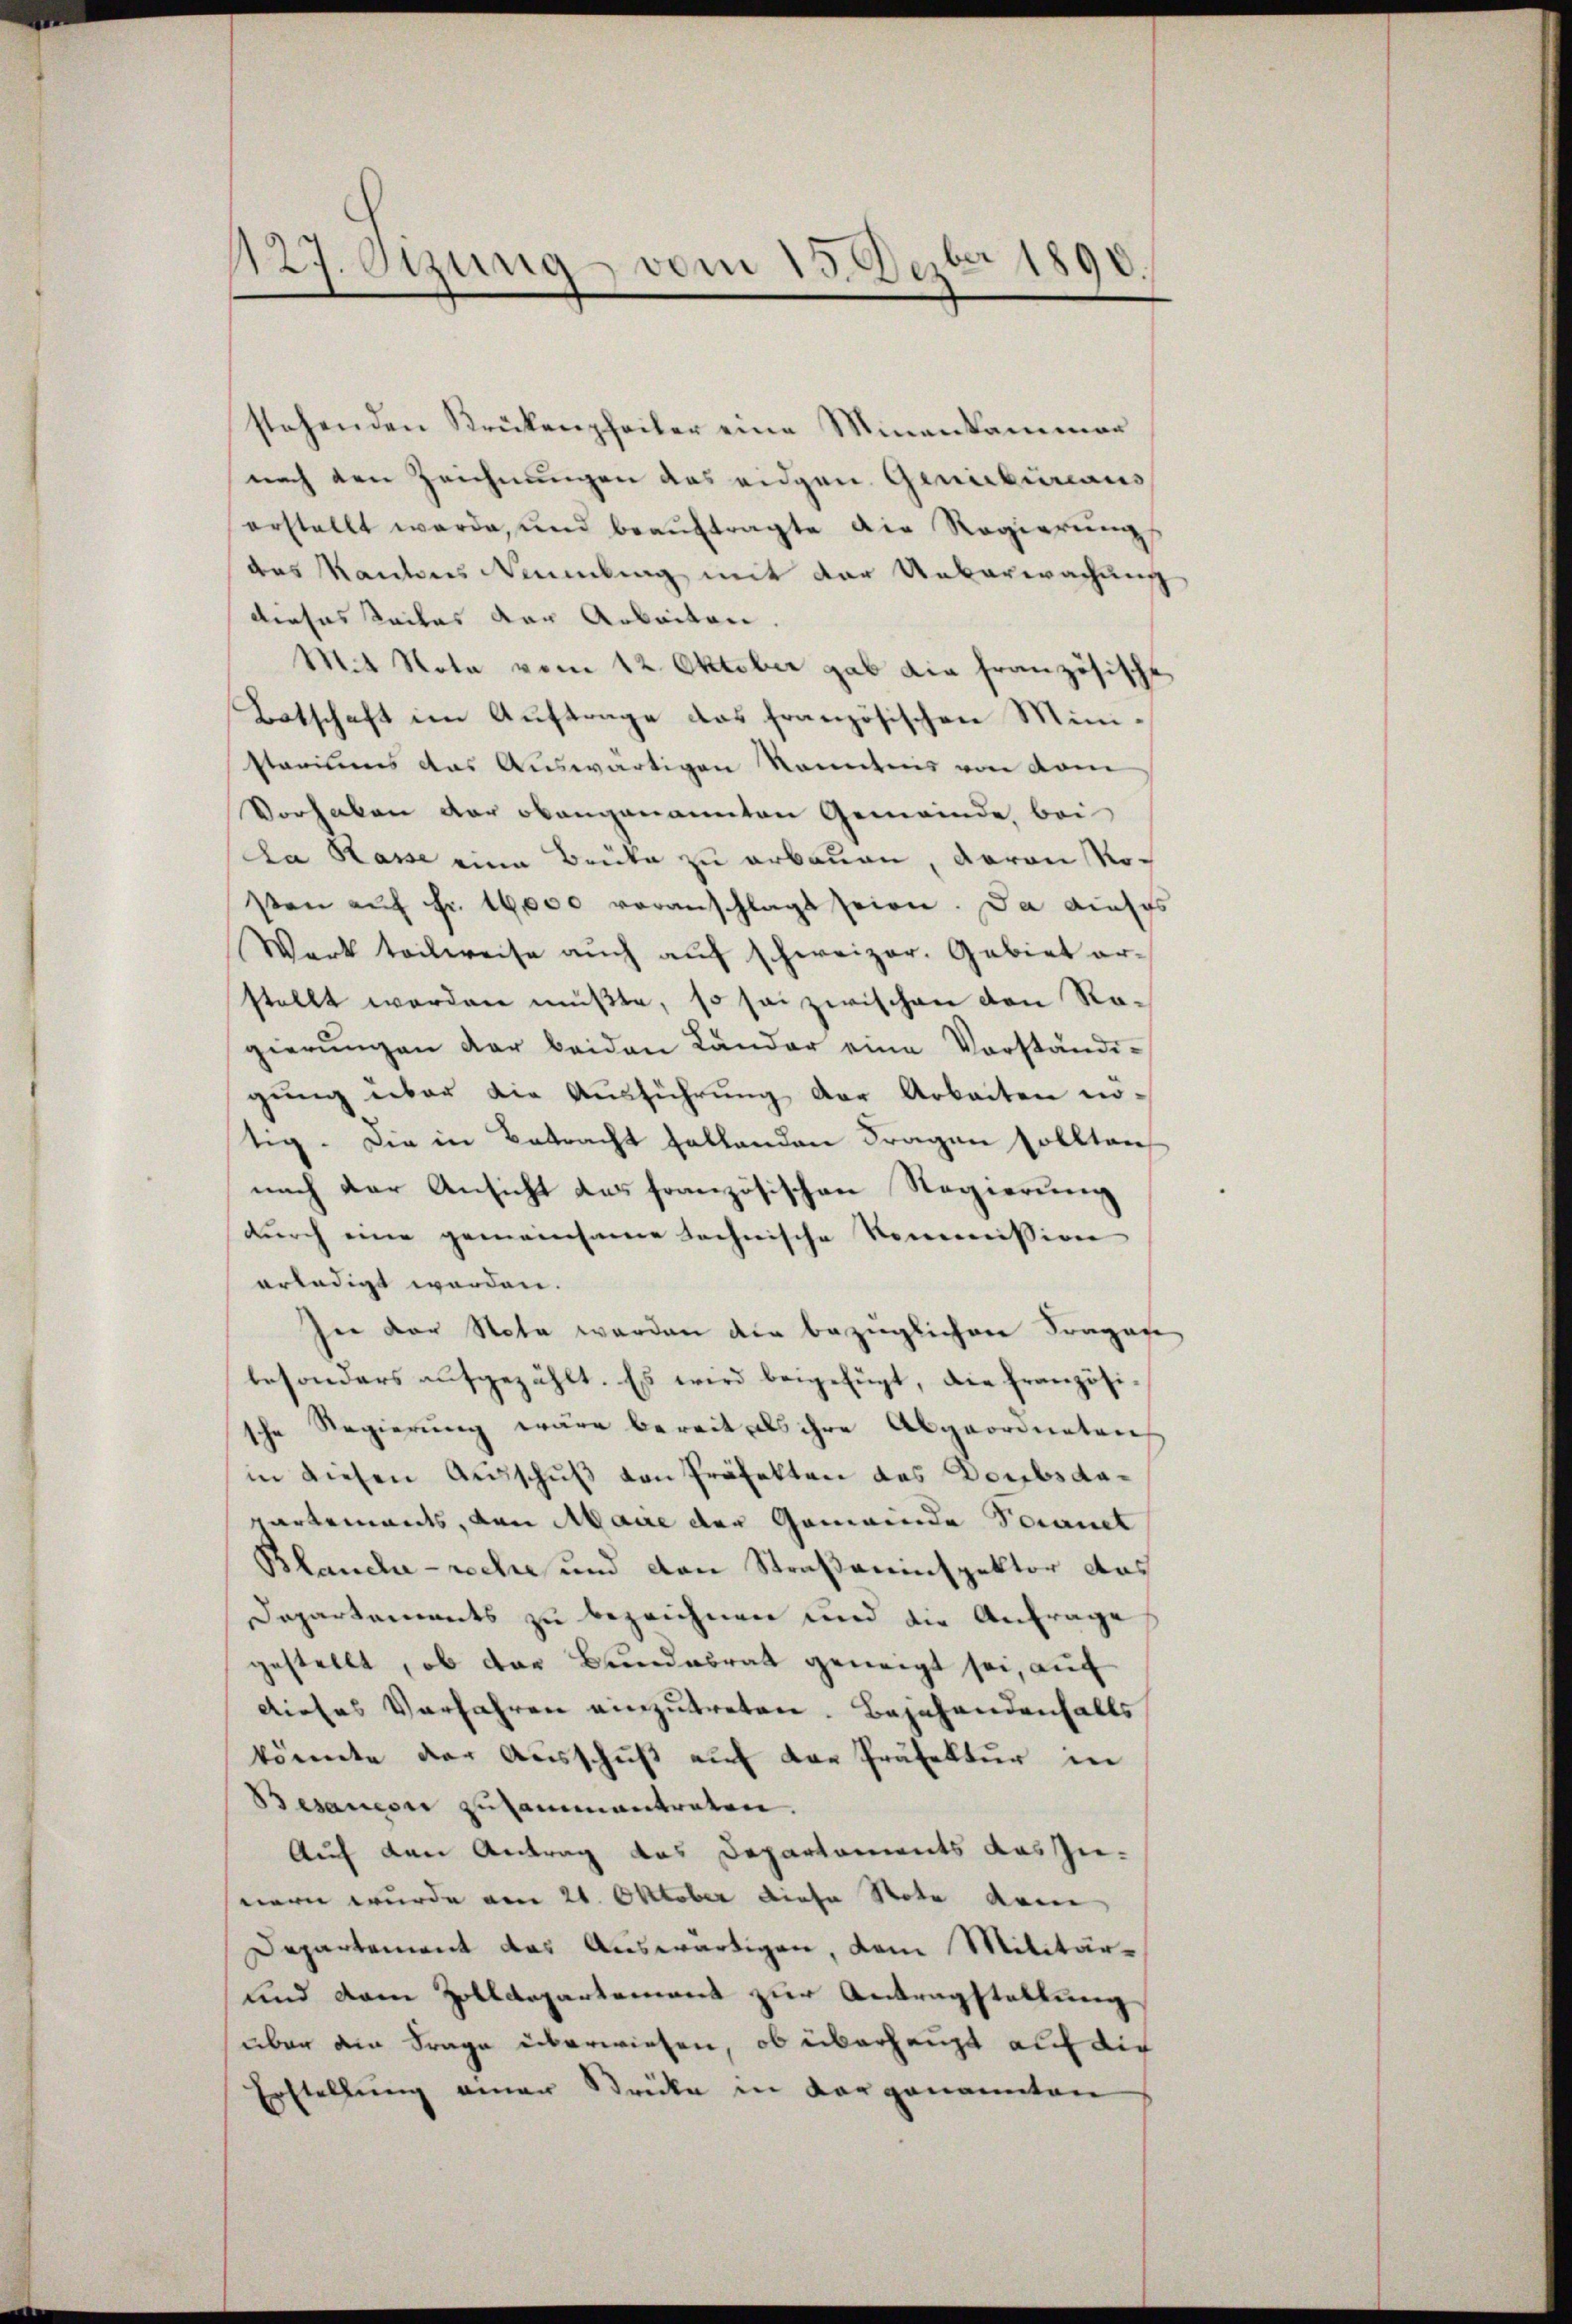
¬
127. Sizung vom 15. Dezbr 1890.

stehenden Krückenpfeiler eine Minenkammer
nach den Zeichnungen das eidgen. Genicbüreaus
erstellt werde, und beaŭftragte die Regierŭngs
des Kantons Naumbung mit der Ueberwachung
dieses Teiles der Arbeiten
Mit Nota vom 12. Oktober gab die französische
Botschaft im Auftrage das französischen Ministarius das Auswärtigen Kenntnis von vom
Vorhaben der obangenannten Gemeinde, bei
da Rasse eine Brücke zu erbauen, davon Rosten aŭf Fr. 16000 voranschlagt seien. Da auches
Werk teilweise auch auf schweizer. Gebiet erstellt werden müßte, so sei zwischen von Rogierŭngen der beiden Länder eine Vorständigŭng über die Ausführung der Arbeiten nötig. Die in Betracht fallenden Fragen sollten
nach der Ansicht des französischen Regierung
durch eine gemeinsame technische Kommission
erledigt werden.
sie der Note werden die bezüglichen Fragene
besonders aufgezählt. Es wird beigefügt, die französische Regierung wäre bereit als ihre Abgeordneten
in diesen Aŭsschŭβ von Präfekten des Doubsda¬
Kartements, den Maure der Gemeinde Verant
8
Sancta reche und von Straßeninspektor das
Departements zu bezeichnen und die Anfrage
gestellt, ob das Bundesrat geneigt sei, auf
dieses Verfahren einzutreten. Bejahendenfalls
könnte der Ausschuß auf der Präfektur in
Besanen zusammentreten
Auf den Antrag das Departements das Zu-
nern wurde am 21. Oktober diese Note dein
Departement das Auswärtigen, dem Militär¬
und dem Zolldepartement zur Antragstaltung
über den Frage überwiesen, ob überhaupt auf die
Erstellung einer Stricke in vorgenannten